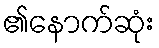
၏နောက်ဆုံး